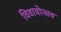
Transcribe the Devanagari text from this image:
विवावोत्सव